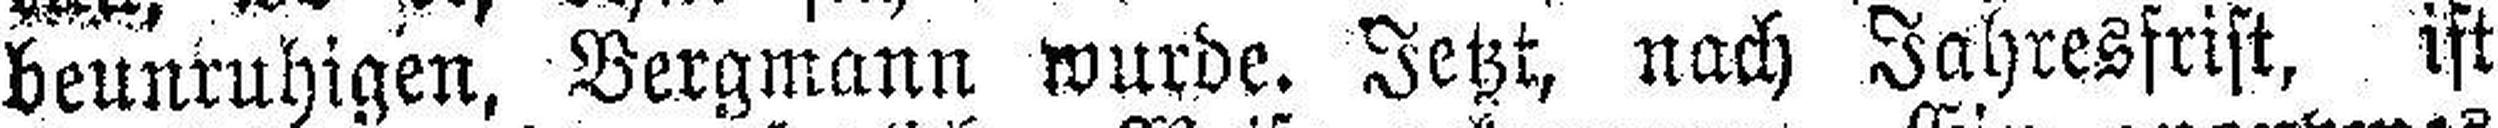
beunruhigen, Bergmann wurde. Jetzt, nach Jahresfrist, ist